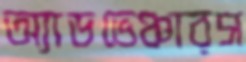
অ্যাডভেঞ্চারস